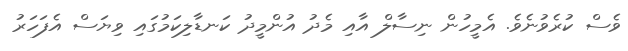
ވެސް ކުރެވުނެވެ. އެމީހުން ނިސާލް އާއި މެދު އުންމީދު ކަނޑާލިކަމުގައި ވިޔަސް އެފަހަރު